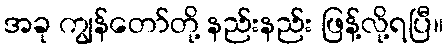
အခု ကျွန်တော်တို့ နည်းနည်း ဖြန့်လို့ရပြီ။